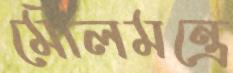
মৌলমন্ত্রে